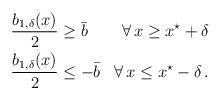
LaTeX: \begin{align*} \begin{aligned}\dfrac{b_{1,\delta}(x)}{2} &\geq \bar b &\forall \, x \geq x^\star + \delta\\\dfrac{b_{1,\delta}(x)}{2} &\leq - \bar b &\forall \, x \leq x^\star - \delta\,.\end{aligned} \end{align*}